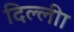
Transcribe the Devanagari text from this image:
दिल्लीा